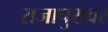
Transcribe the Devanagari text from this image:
राजापुरावर